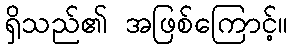
ရှိသည်၏ အဖြစ်ကြောင့်။